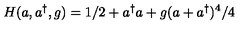
H ( a , a ^ { \dag } , g ) = 1 / 2 + a ^ { \dag } a + g ( a + a ^ { \dag } ) ^ { 4 } / 4